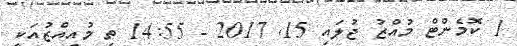
1 ކޮމެންޓް މުއްޒު ޖުލައި 15